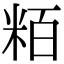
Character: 粨